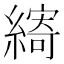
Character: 𮈽